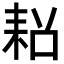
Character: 𮋧